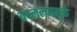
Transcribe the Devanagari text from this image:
बदलल्यामुळे